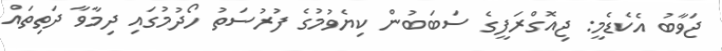
ޖަވާބު އެކެޑެމީ: ޖިއޮގްރަފީގެ ސަބަބުން ކިޔެވުމުގެ ފުރުސަތު ހޯދުމުގައި ދިމާވާ ދަތިތައް